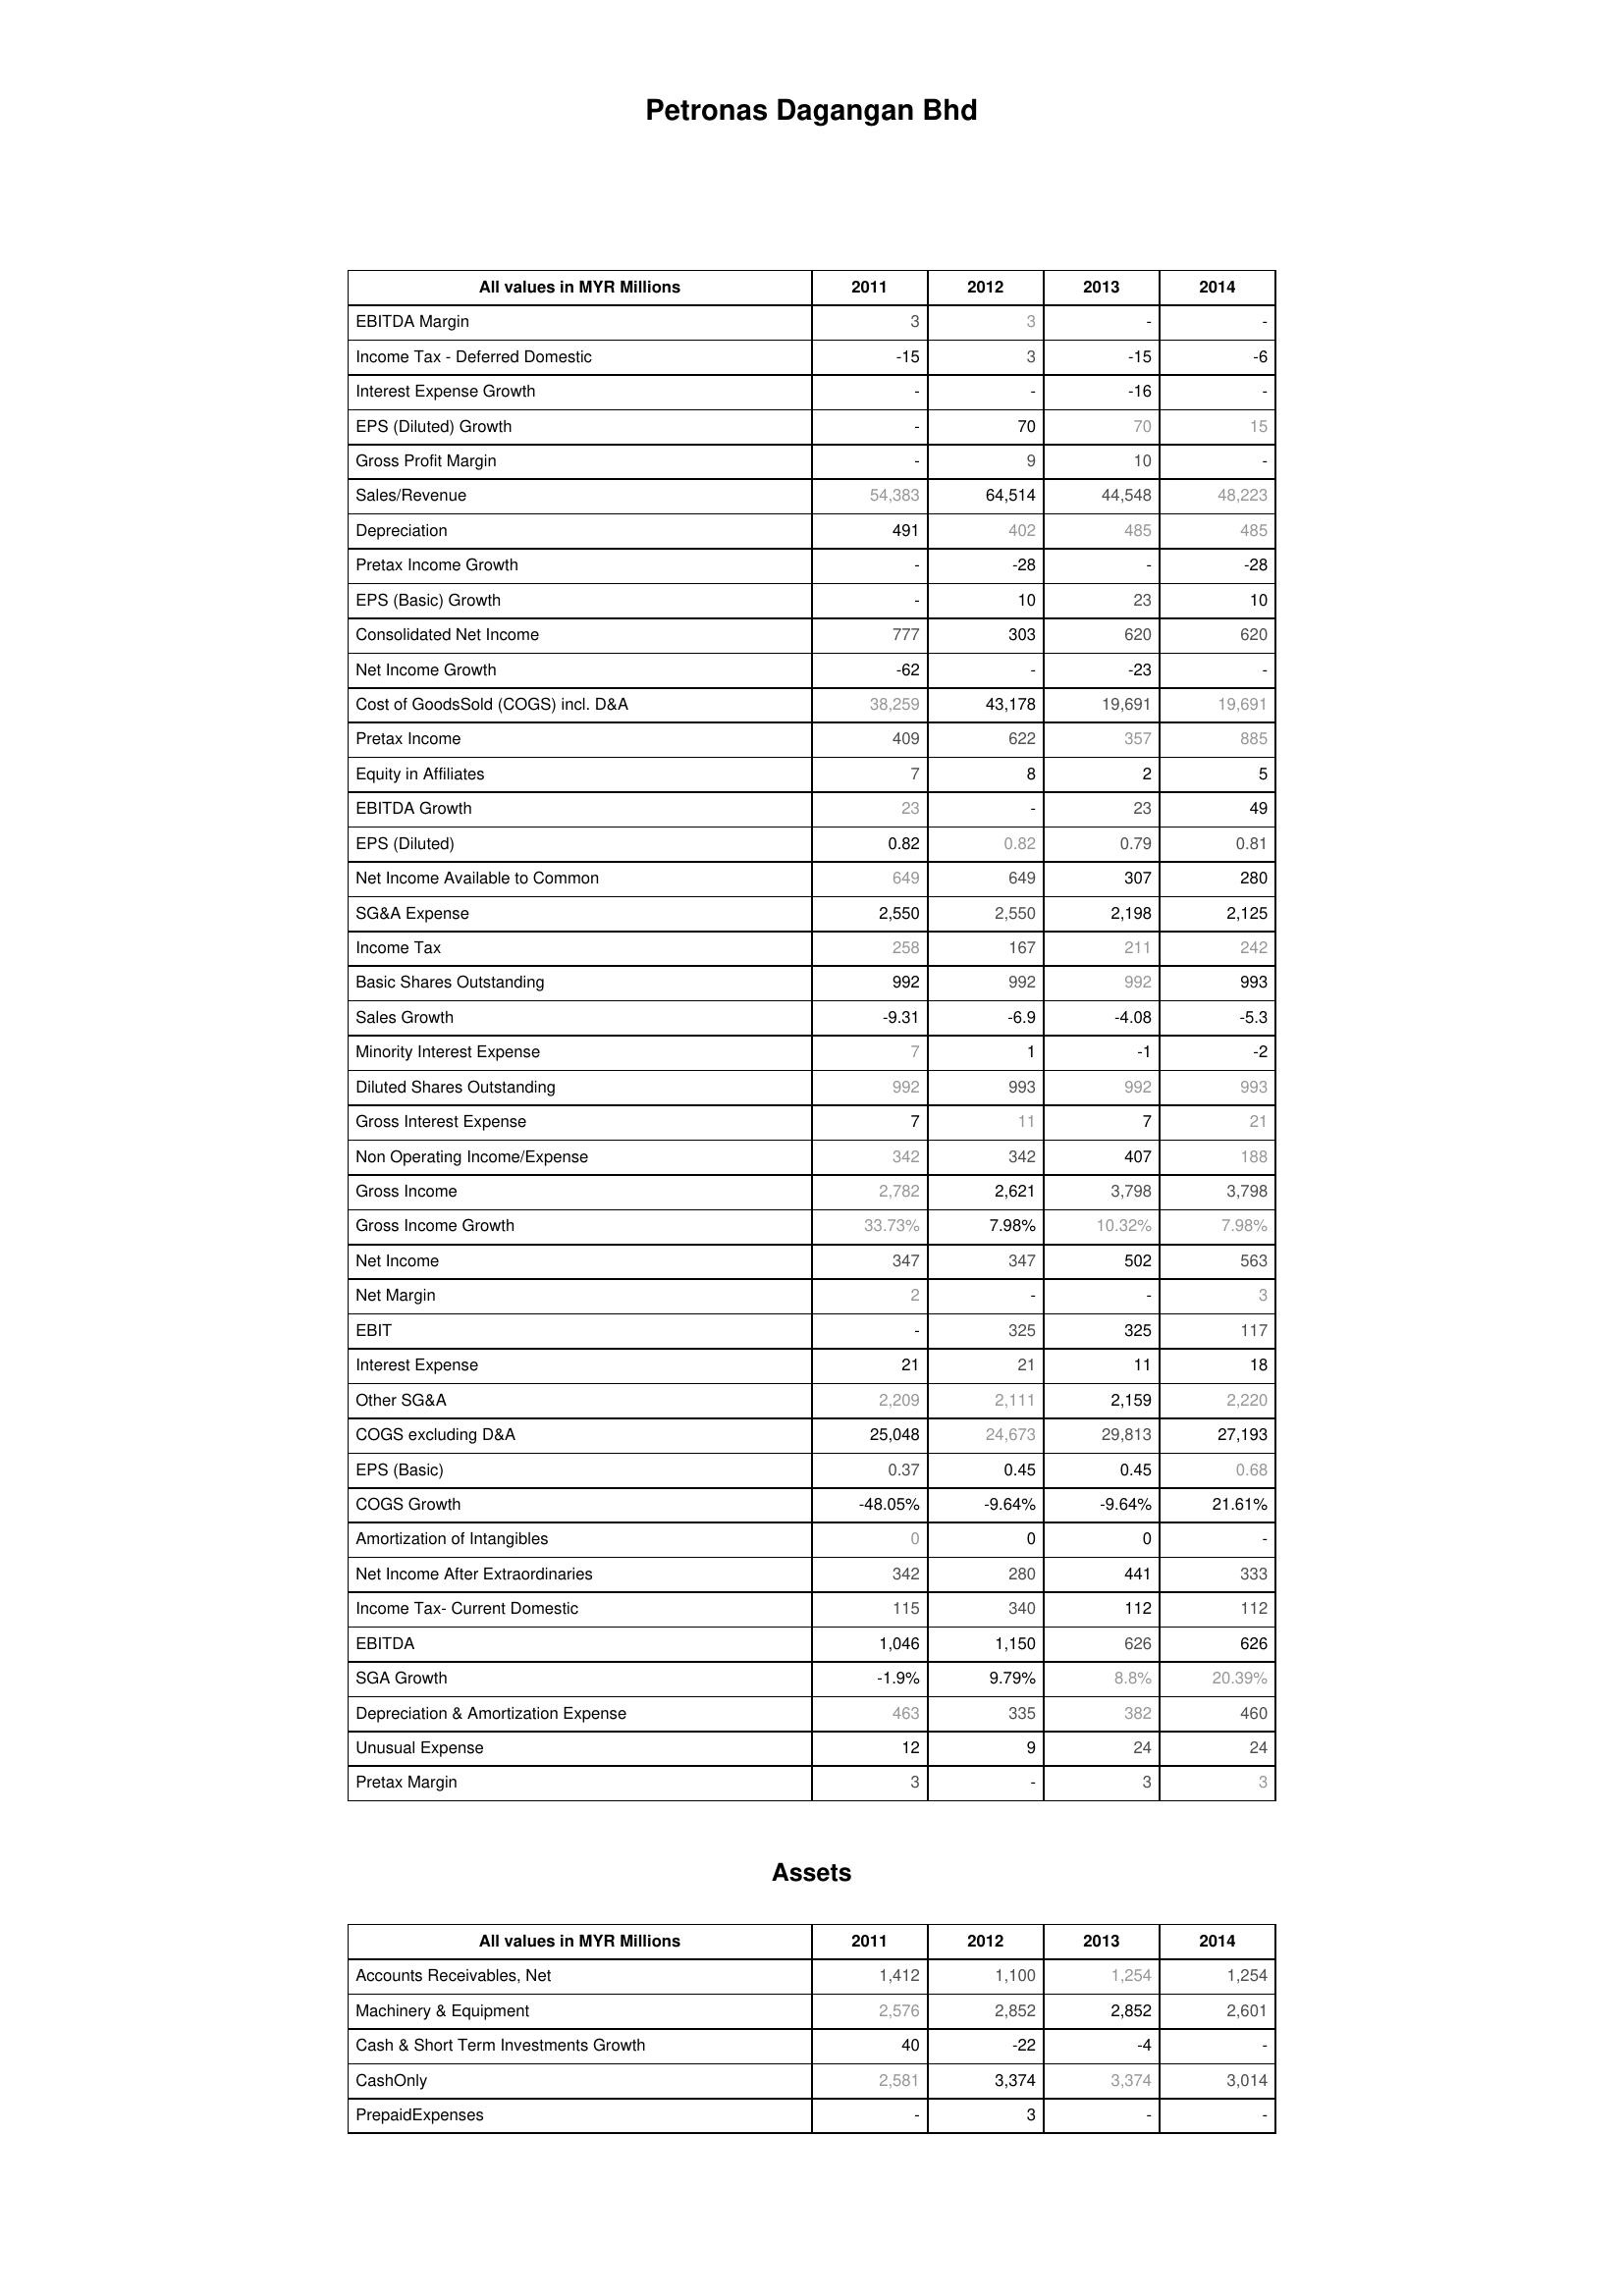
2011: : EBITDA Margin: 3
Income Tax - Deferred Domestic: -15
Interest Expense Growth: -
EPS (Diluted) Growth: -
Gross Profit Margin: -
Sales/Revenue: 54,383
Depreciation: 491
Pretax Income Growth: -
EPS (Basic) Growth: -
Consolidated Net Income: 777
Net Income Growth: -62
Cost of GoodsSold (COGS) incl. D&A: 38,259
Pretax Income: 409
Equity in Affiliates: 7
EBITDA Growth: 23
EPS (Diluted): 0.82
Net Income Available to Common: 649
SG&A Expense: 2,550
Income Tax: 258
Basic Shares Outstanding: 992
Sales Growth: -9.31
Minority Interest Expense: 7
Diluted Shares Outstanding: 992
Gross Interest Expense: 7
Non Operating Income/Expense: 342
Gross Income: 2,782
Gross Income Growth: 33.73%
Net Income: 347
Net Margin: 2
EBIT: -
Interest Expense: 21
Other SG&A: 2,209
COGS excluding D&A: 25,048
EPS (Basic): 0.37
COGS Growth: -48.05%
Amortization of Intangibles: 0
Net Income After Extraordinaries: 342
Income Tax- Current Domestic: 115
EBITDA: 1,046
SGA Growth: -1.9%
Depreciation & Amortization Expense: 463
Unusual Expense: 12
Pretax Margin: 3
Assets: Accounts Receivables, Net: 1,412
Machinery & Equipment: 2,576
Cash & Short Term Investments Growth: 40
CashOnly: 2,581
PrepaidExpenses: -
2012: : EBITDA Margin: 3
Income Tax - Deferred Domestic: 3
Interest Expense Growth: -
EPS (Diluted) Growth: 70
Gross Profit Margin: 9
Sales/Revenue: 64,514
Depreciation: 402
Pretax Income Growth: -28
EPS (Basic) Growth: 10
Consolidated Net Income: 303
Net Income Growth: -
Cost of GoodsSold (COGS) incl. D&A: 43,178
Pretax Income: 622
Equity in Affiliates: 8
EBITDA Growth: -
EPS (Diluted): 0.82
Net Income Available to Common: 649
SG&A Expense: 2,550
Income Tax: 167
Basic Shares Outstanding: 992
Sales Growth: -6.9
Minority Interest Expense: 1
Diluted Shares Outstanding: 993
Gross Interest Expense: 11
Non Operating Income/Expense: 342
Gross Income: 2,621
Gross Income Growth: 7.98%
Net Income: 347
Net Margin: -
EBIT: 325
Interest Expense: 21
Other SG&A: 2,111
COGS excluding D&A: 24,673
EPS (Basic): 0.45
COGS Growth: -9.64%
Amortization of Intangibles: 0
Net Income After Extraordinaries: 280
Income Tax- Current Domestic: 340
EBITDA: 1,150
SGA Growth: 9.79%
Depreciation & Amortization Expense: 335
Unusual Expense: 9
Pretax Margin: -
Assets: Accounts Receivables, Net: 1,100
Machinery & Equipment: 2,852
Cash & Short Term Investments Growth: -22
CashOnly: 3,374
PrepaidExpenses: 3
2013: : EBITDA Margin: -
Income Tax - Deferred Domestic: -15
Interest Expense Growth: -16
EPS (Diluted) Growth: 70
Gross Profit Margin: 10
Sales/Revenue: 44,548
Depreciation: 485
Pretax Income Growth: -
EPS (Basic) Growth: 23
Consolidated Net Income: 620
Net Income Growth: -23
Cost of GoodsSold (COGS) incl. D&A: 19,691
Pretax Income: 357
Equity in Affiliates: 2
EBITDA Growth: 23
EPS (Diluted): 0.79
Net Income Available to Common: 307
SG&A Expense: 2,198
Income Tax: 211
Basic Shares Outstanding: 992
Sales Growth: -4.08
Minority Interest Expense: -1
Diluted Shares Outstanding: 992
Gross Interest Expense: 7
Non Operating Income/Expense: 407
Gross Income: 3,798
Gross Income Growth: 10.32%
Net Income: 502
Net Margin: -
EBIT: 325
Interest Expense: 11
Other SG&A: 2,159
COGS excluding D&A: 29,813
EPS (Basic): 0.45
COGS Growth: -9.64%
Amortization of Intangibles: 0
Net Income After Extraordinaries: 441
Income Tax- Current Domestic: 112
EBITDA: 626
SGA Growth: 8.8%
Depreciation & Amortization Expense: 382
Unusual Expense: 24
Pretax Margin: 3
Assets: Accounts Receivables, Net: 1,254
Machinery & Equipment: 2,852
Cash & Short Term Investments Growth: -4
CashOnly: 3,374
PrepaidExpenses: -
2014: : EBITDA Margin: -
Income Tax - Deferred Domestic: -6
Interest Expense Growth: -
EPS (Diluted) Growth: 15
Gross Profit Margin: -
Sales/Revenue: 48,223
Depreciation: 485
Pretax Income Growth: -28
EPS (Basic) Growth: 10
Consolidated Net Income: 620
Net Income Growth: -
Cost of GoodsSold (COGS) incl. D&A: 19,691
Pretax Income: 885
Equity in Affiliates: 5
EBITDA Growth: 49
EPS (Diluted): 0.81
Net Income Available to Common: 280
SG&A Expense: 2,125
Income Tax: 242
Basic Shares Outstanding: 993
Sales Growth: -5.3
Minority Interest Expense: -2
Diluted Shares Outstanding: 993
Gross Interest Expense: 21
Non Operating Income/Expense: 188
Gross Income: 3,798
Gross Income Growth: 7.98%
Net Income: 563
Net Margin: 3
EBIT: 117
Interest Expense: 18
Other SG&A: 2,220
COGS excluding D&A: 27,193
EPS (Basic): 0.68
COGS Growth: 21.61%
Amortization of Intangibles: -
Net Income After Extraordinaries: 333
Income Tax- Current Domestic: 112
EBITDA: 626
SGA Growth: 20.39%
Depreciation & Amortization Expense: 460
Unusual Expense: 24
Pretax Margin: 3
Assets: Accounts Receivables, Net: 1,254
Machinery & Equipment: 2,601
Cash & Short Term Investments Growth: -
CashOnly: 3,014
PrepaidExpenses: -